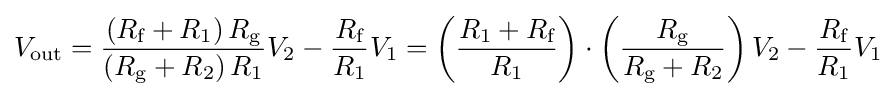
V_{\text{out}}={\frac {\left(R_{\text{f}}+R_{1}\right)R_{\text{g}}}{\left(R_{\text{g}}+R_{2}\right)R_{1}}}V_{2}-{\frac {R_{\text{f}}}{R_{1}}}V_{1}=\left({\frac {R_{1}+R_{\text{f}}}{R_{1}}}\right)\cdot \left({\frac {R_{\text{g}}}{R_{\text{g}}+R_{2}}}\right)V_{2}-{\frac {R_{\text{f}}}{R_{1}}}V_{1}